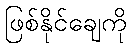
ဖြစ်နိုင်ချေကို